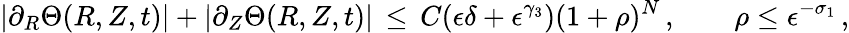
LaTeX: |\partial_{R}\Theta(R,Z,t)|+|\partial_{Z}\Theta(R,Z,t)|\, \le\, C(\epsilon\delta+\epsilon^{\gamma_{3}})(1+\rho)^{N}\, ,\qquad\rho\le\epsilon^{-\sigma_{1}}\, ,